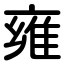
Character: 雍